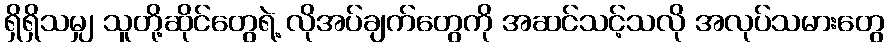
ရှိရှိသမျှ သူတို့ဆိုင်တွေရဲ့ လိုအပ်ချက်တွေကို အဆင်သင့်သလို အလုပ်သမားတွေ